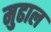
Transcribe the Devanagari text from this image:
मुढाल